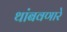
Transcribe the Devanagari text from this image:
थांबवणारे